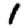
Digit: 1